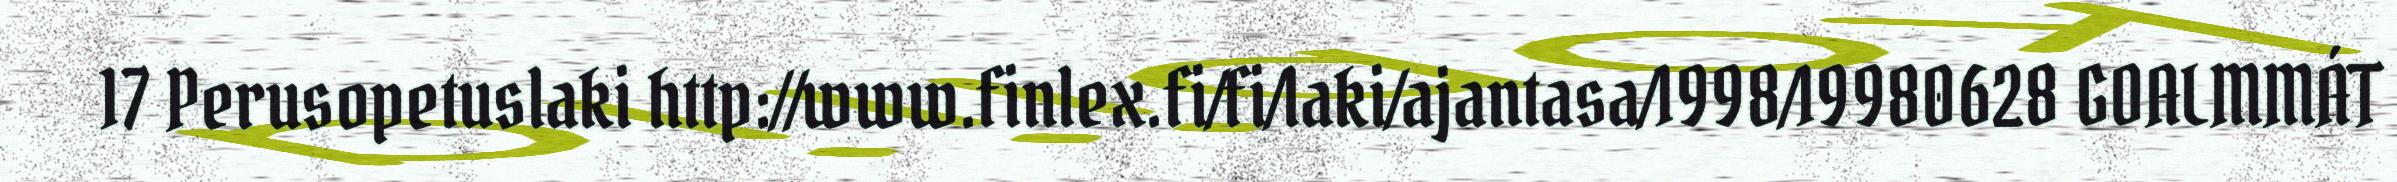
17 Perusopetuslaki http://www.finlex.fi/fi/laki/ajantasa/1998/19980628 GOALMMÁT